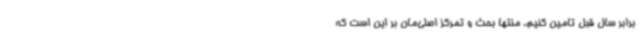
برابر سال قبل تامین کنیم. منتها بحث و تمرکز اصلی‌مان بر این است که